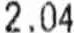
2.04